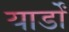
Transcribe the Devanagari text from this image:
यार्डों